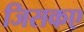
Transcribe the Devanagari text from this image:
जिसकए